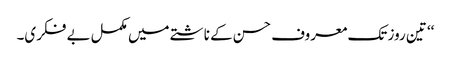
‘‘ تین روز تک معروف حسن کے ناشتے میں مکمل بے فکری۔